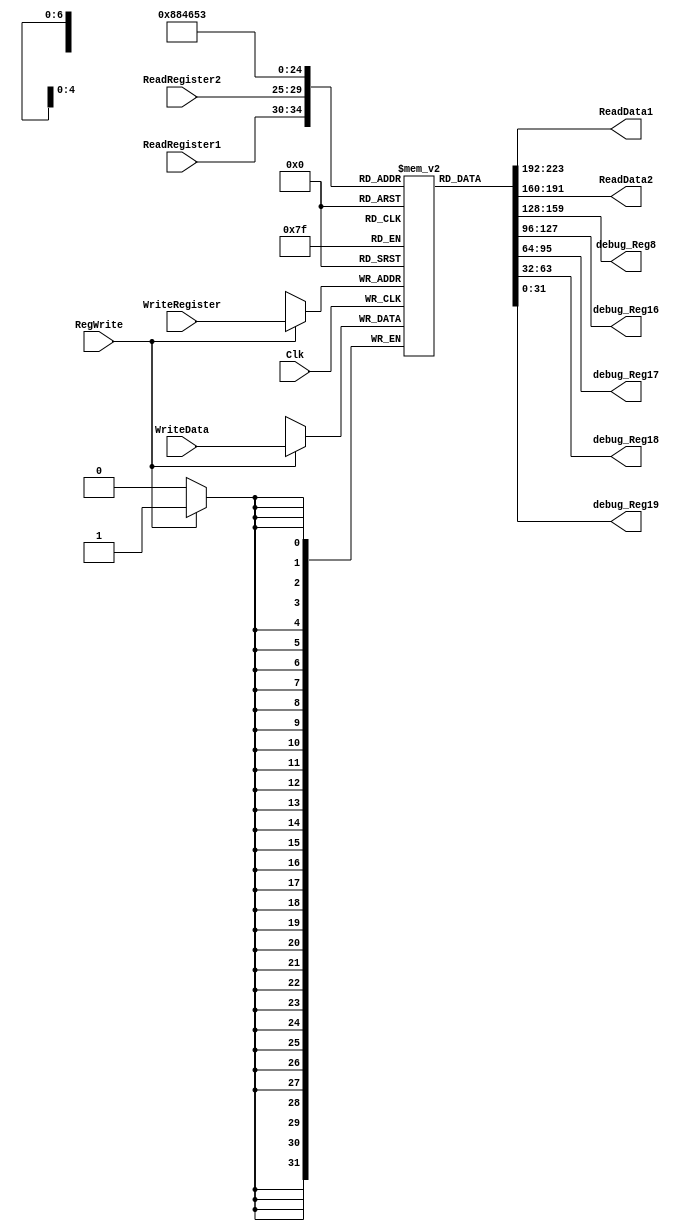
`timescale 1ns / 1ps

////////////////////////////////////////////////////////////////////////////////
// Last Edits: Nirmal Kumbhare, Ali Akoglu

// Module - register_file.v
// Description - Implements a register file with 32 32-Bit wide registers.
//                          (a 32x32 regsiter file with two read ports and one write port)
// INPUTS:-
// ReadRegister1: 5-Bit address to select a register to be read through 32-Bit 
//                output port 'ReadRegister1'.
// ReadRegister2: 5-Bit address to select a register to be read through 32-Bit 
//                output port 'ReadRegister2'.
// WriteRegister: 5-Bit address to select a register to be written through 32-Bit
//                input port 'WriteRegister'.
// WriteData: 32-Bit write input port.
// RegWrite: 1-Bit control input signal.
//
// OUTPUTS:-
// ReadData1: 32-Bit registered output. 
// ReadData2: 32-Bit registered output. 
//
// FUNCTIONALITY:-
// 'ReadRegister1' and 'ReadRegister2' are two 5-bit addresses to read two 
// registers simultaneously. The two 32-bit data sets are available on ports 
// 'ReadData1' and 'ReadData2', respectively. 'ReadData1' and 'ReadData2' are 
// registered outputs (output of register file is written into these registers 
// at the falling edge of the clock). You can view it as if outputs of registers
// specified by ReadRegister1 and ReadRegister2 are written into output 
// registers ReadData1 and ReadData2 at the falling edge of the clock. 
//
// 'RegWrite' signal is high during the rising edge of the clock if the input 
// data is to be written into the register file. The contents of the register 
// specified by address 'WriteRegister' in the register file are modified at the 
// rising edge of the clock if 'RegWrite' signal is high. The D-flip flops in 
// the register file are positive-edge (rising-edge) triggered. (You have to use 
// this information to generate the write-clock properly.) 
//
// NOTE:-
// We will design the register file such that the contents of registers do not 
// change for a pre-specified time before the falling edge of the clock arrives 
// to allow for data multiplexing and setup time.
////////////////////////////////////////////////////////////////////////////////

module RegisterFile(ReadRegister1, ReadRegister2, WriteRegister, WriteData, RegWrite, Clk, ReadData1, ReadData2, debug_Reg8, debug_Reg16, debug_Reg17, debug_Reg18, debug_Reg19);

	input RegWrite, Clk;
	input [4:0] ReadRegister1, ReadRegister2, WriteRegister;
	input [31:0] WriteData;

	output [31:0] ReadData1, ReadData2;
	
	//for post-synthesis
	output [31:0] debug_Reg8, debug_Reg16, debug_Reg17, debug_Reg18, debug_Reg19;
	//output wire [31:0] out_data;
	//output wire [31:0] debug_reg;

	//creates 32 32-bit registers
	(* mark_debug = "true" *) reg [31:0] regFile [0:31];

	initial begin
		regFile[0] <= 32'd0;
	end

	always @(posedge Clk) begin
		if (RegWrite) begin
			regFile[WriteRegister] <= WriteData;
		end
	end

	//always @(ReadRegister1,ReadRegister2, regFile) begin
	
		assign ReadData1 = regFile[ReadRegister1];
		assign ReadData2 = regFile[ReadRegister2];
	
	//end


	//below is for post-synthesis simulation
	assign debug_Reg8 = regFile[8];
	assign debug_Reg16 = regFile[16];
	assign debug_Reg17 = regFile[17];
	assign debug_Reg18 = regFile[18];
	assign debug_Reg19 = regFile[19];
	//assign out_data = regFile[23];
	//assign debug_reg = regFile[10];

endmodule